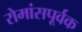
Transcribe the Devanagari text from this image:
रोमांसपूर्वक